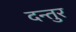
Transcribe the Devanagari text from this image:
दन्तुर